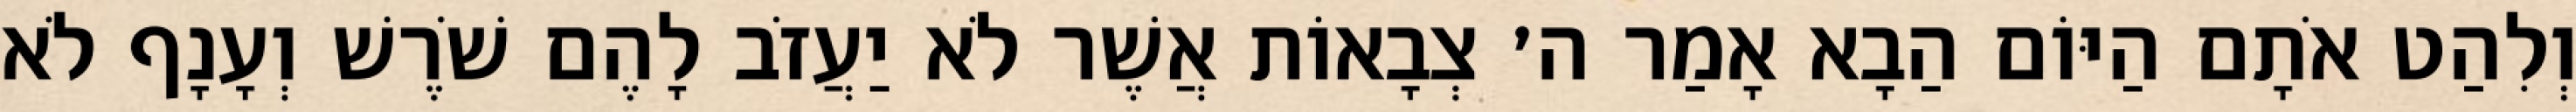
וְלִהַט אֹתָם הַיּוֹם הַבָא אָמַר ה׳ צְבָאוֹת אֲשֶׁר לֹא יַעֲזֹב לָהֶם שֹׁרֶשׁ וְעָנָף לֹא